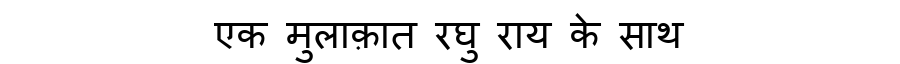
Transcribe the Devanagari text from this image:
एक मुलाक़ात रघु राय के साथ